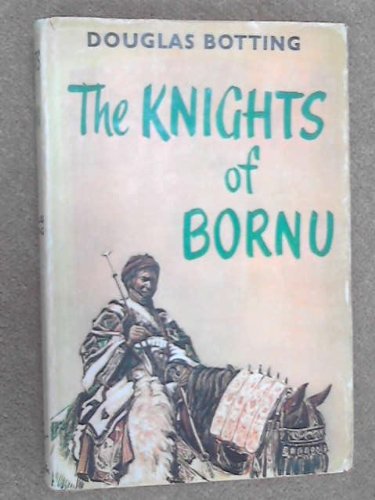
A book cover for The knights of Bornu; Douglas Botting; Travel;